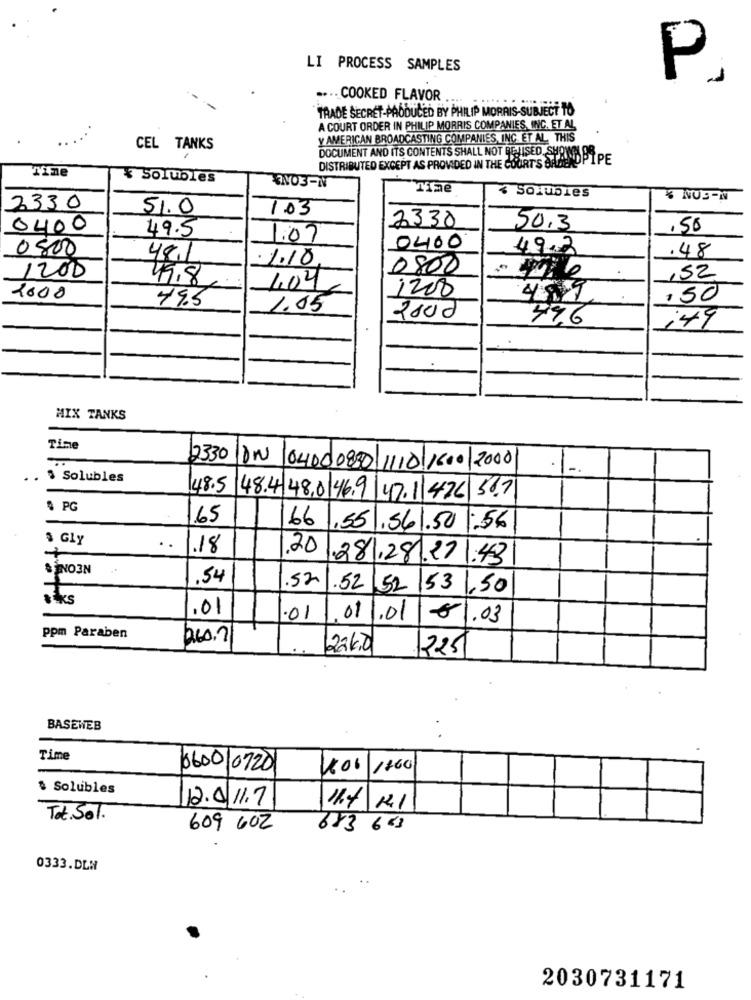
LI PROCESS SAMPLES
P.
.... COOKED FLAVOR
TRADE SECRET-PRODUCED BY PHILIP MORRIS-SUBJECT TO
A COURT ORDER IN PHILIP MORRIS COMPANIES, INC. ET AL
y AMERICAN BROADCASTING COMPANIES, INC. ET AL, THIS
CEL TANKS
DOCUMENT AND ITS CONTENTS SHALL NOT BEJISED. SHOWH BR
DISTRIBUTED EXCEPT AS PROVIDED IN THE COURT'S SAMUNDPIPE
Time
¥ Solubles
EN03-N
Tae
< Solubles
3 NUS-N
2330
51.0
1.03
0400
2330
50.3
,50
49.5
1:07
0800
0400
49.3
.48
481
.1.10
0800
1200
49.8
404
152
2000
1200
49.9
,50
49.5
1.05
2000
49.6
149
MIX TANKS
Time
12330
18w
0400 0830 1110 1600 2000
.. . Solubles
148.5
48.4 48.0 46.9 47.1/476 50.7
§ PG
65
66
,55.561.50 1:56
$ Gly
..
.18
1.20
+
.281,28.271.43
& ENO3N
.54
.52
.52 52 53 ,50
.01
.01
011.01
€1.03
ppm Paraben
b.60.7
224.0
2251
BASEWEB
Time
0600/0720
606 /260
$ Solubles
12.011.7
11.4 121
Tot. Sol.
609 602
683 643
0333.DE:
2030731171